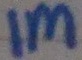
Text: 1M